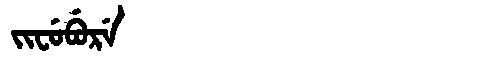
Manchu: ᠵᡳᠸᡠᠪᡠᡵᡝ
Romanization: JIFUBURE